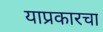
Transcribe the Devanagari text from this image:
याप्रकारचा